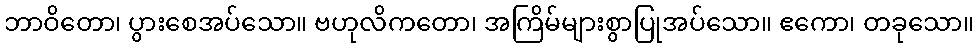
ဘာဝိတော၊ ပွားစေအပ်သော။ ဗဟုလိကတော၊ အကြိမ်များစွာပြုအပ်သော။ ဧကော၊ တခုသော။